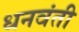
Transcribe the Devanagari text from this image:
धनवंती